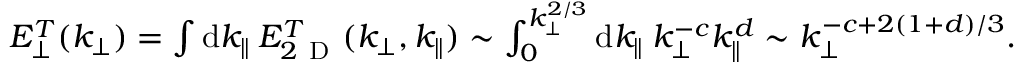
\begin{array} { r } { E _ { \perp } ^ { T } ( k _ { \perp } ) = \int \mathrm { d } k _ { \parallel } \: E _ { 2 \mathrm { ~ D ~ } } ^ { T } ( k _ { \perp } , k _ { \parallel } ) \sim \int _ { 0 } ^ { k _ { \perp } ^ { 2 / 3 } } \mathrm { d } k _ { \parallel } \: k _ { \perp } ^ { - c } k _ { \parallel } ^ { d } \sim k _ { \perp } ^ { - c + 2 ( 1 + d ) / 3 } . } \end{array}